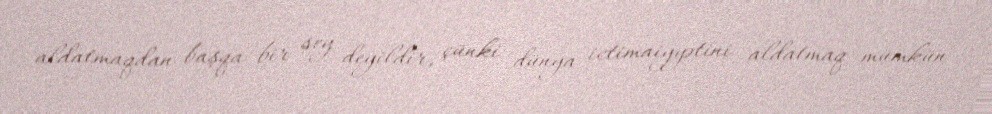
aldatmaqdan başqa bir şey deyildir, çünki dünya ictimaiyyətini aldatmaq mümkün